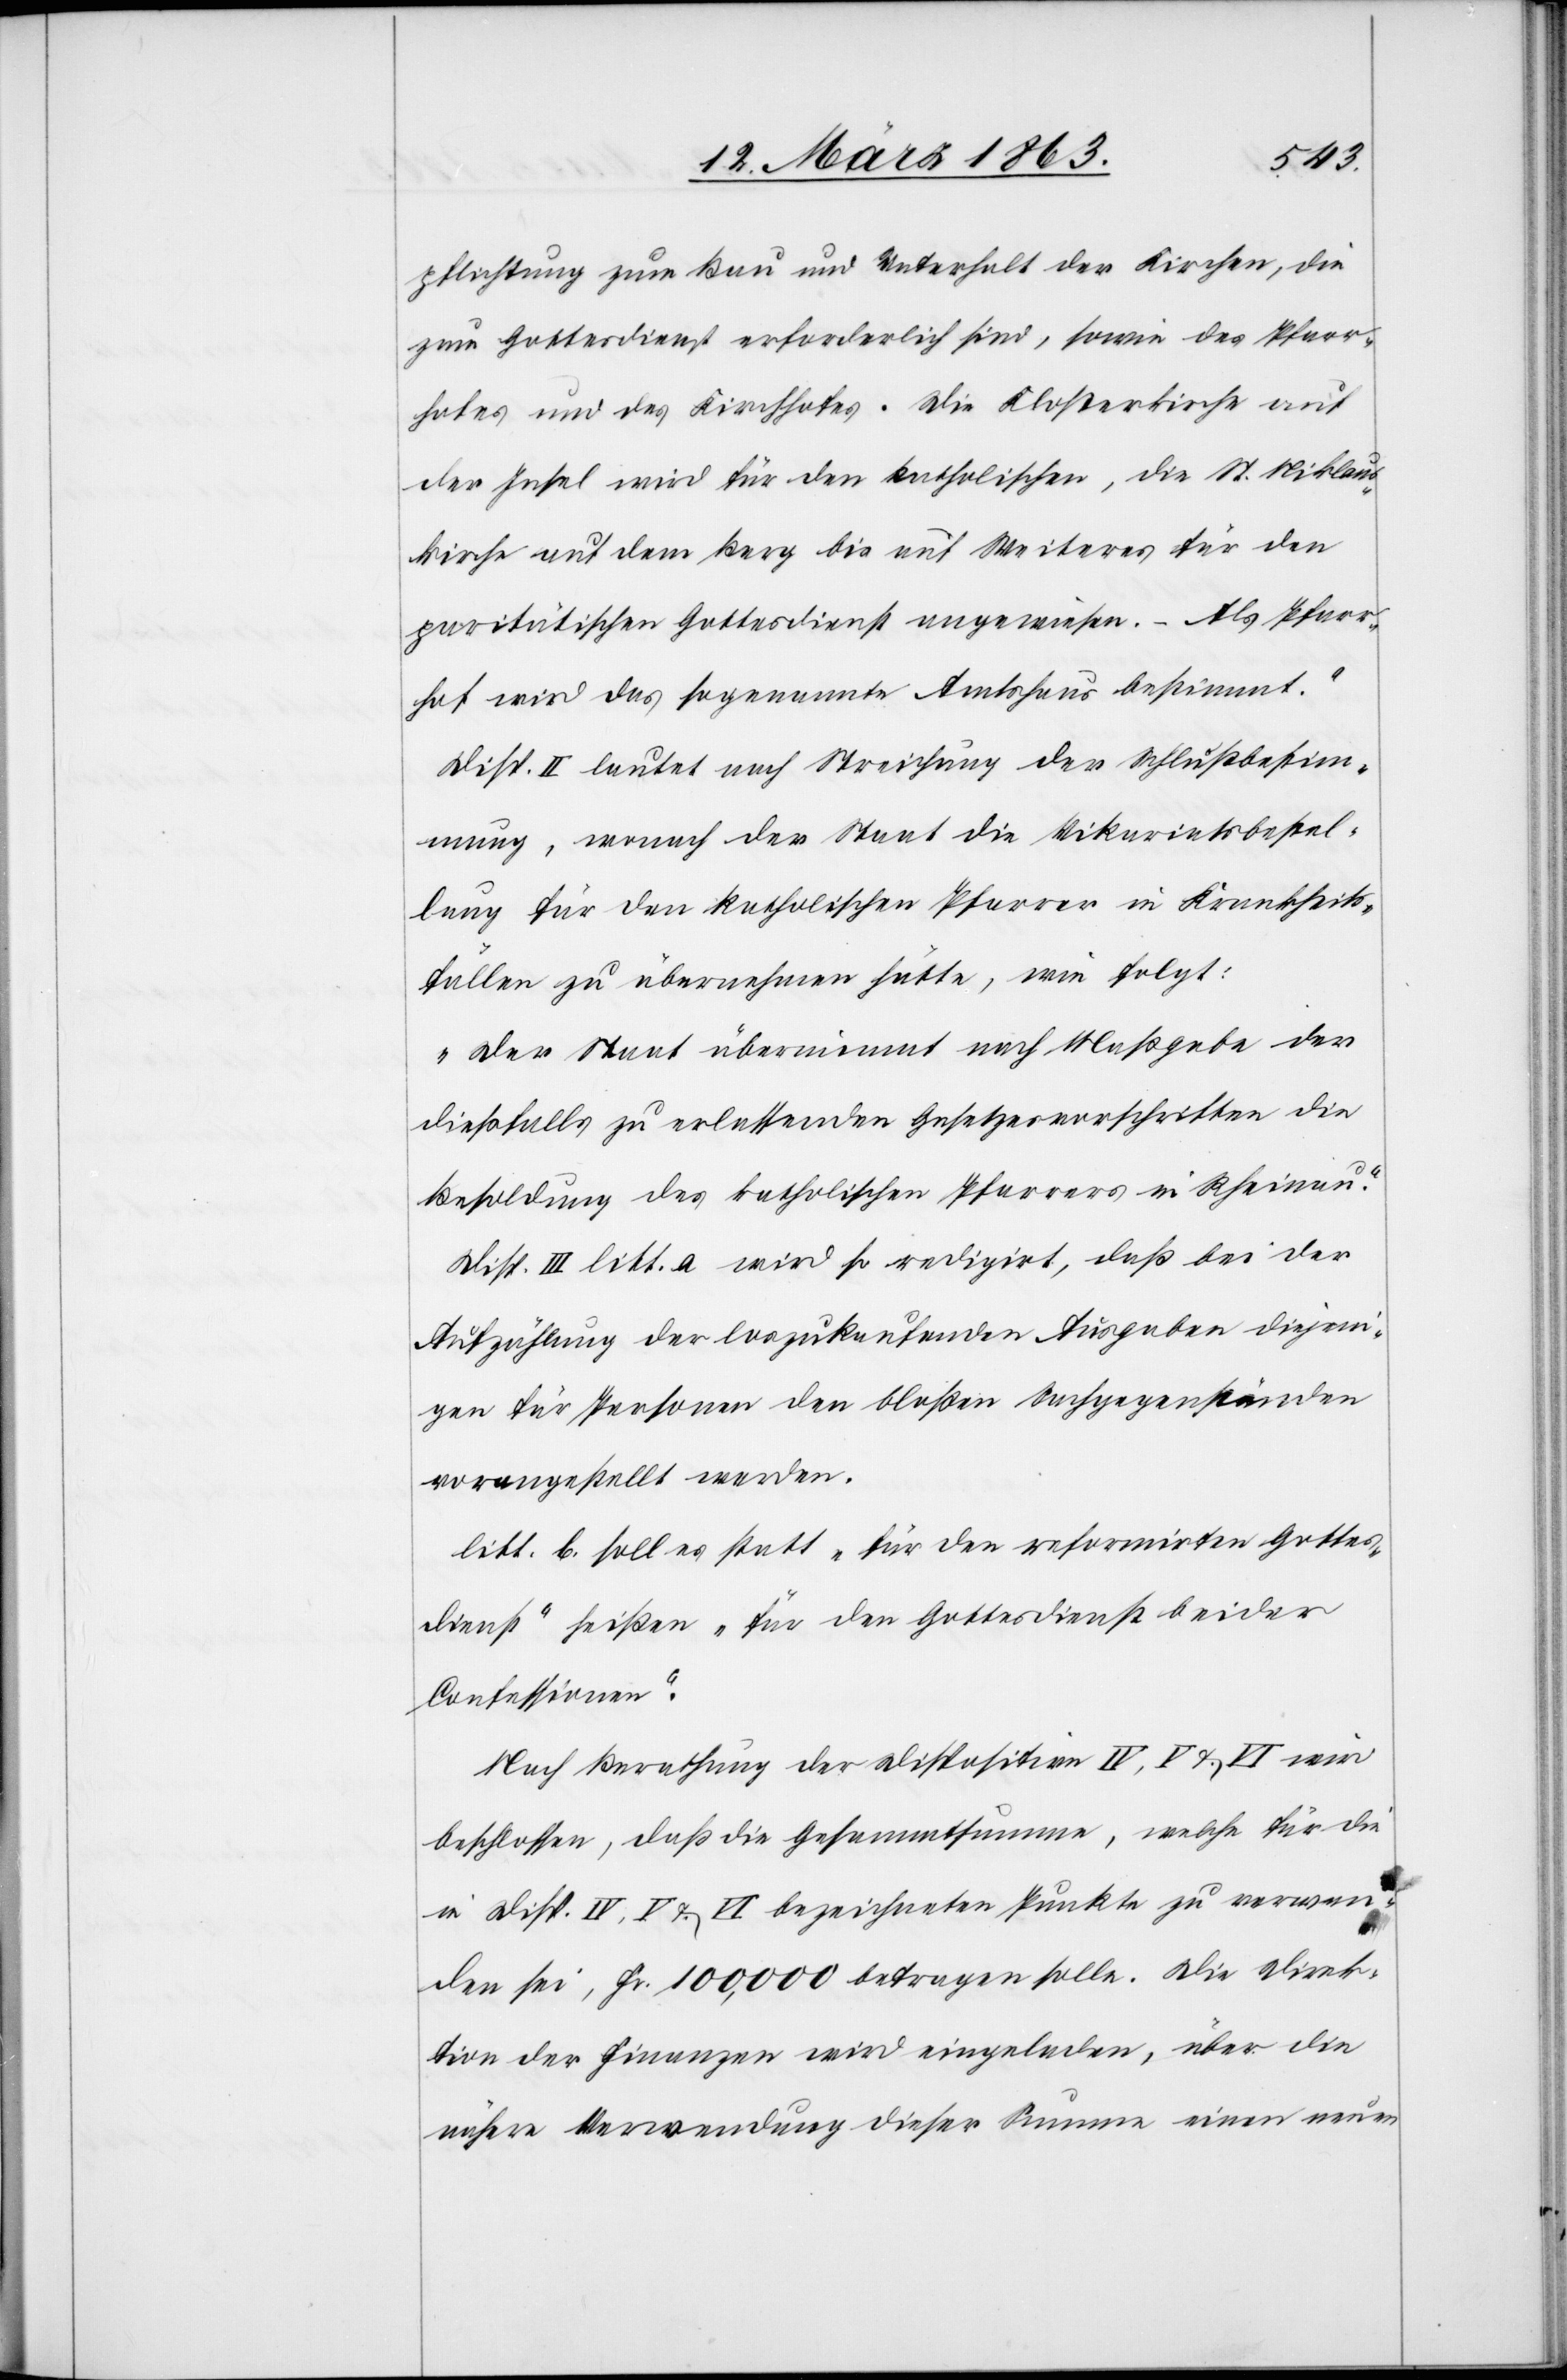
pflichtung zum Bau und Unterhalt der Kirchen, die
zum Gottesdienst erforderlich sind, sowie des Pfarr¬
hofes und des Kirchhofes. Die Klosterkirche auf
der Insel wird für den katholischen, die St. Niklaus¬
kirche auf dem Berg bis auf Weiteres für den
paritätischen Gottesdienst angewiesen. – Als Pfarr¬
hof wird das sogenannte Amtshaus bestimmt.“
Disp. II lautet auf Streichung der Schlußbestim¬
mung, wonach der Staat die Vikariatsbestel¬
lung für den katholischen Pfarrer in Krankheits¬
fällen zu übernehmen hätte, wie folgt:
„Der Staat übernimmt nach Maßgabe der
dießfalls zu erlassenden Gesetzesvorschriften die
Besoldung des katholischen Pfarrers in Rheinau.“
Disp. III litt. a wird so redigirt, daß bei der
Aufzählung der loszukaufenden Ausgaben diejeni¬
gen für Personen den bloßen Sachgegenständen
vorangestellt werden.
litt. b. soll es statt „für den reformirten Gottes¬
dienst“ heißen „für den Gottesdienst beider
Confessionen“.
Nach Berathung der Dispositive IV, V & VI wird
beschlossen, daß die Gesammtsumme, welche für die
in Disp. IV, V & VI bezeichneten Punkte zu verwen¬
den sei, Fr. 100,000 betragen solle. Die Direk¬
tion der Finanzen wird eingeladen, über die
nähere Verwendung dieser Summe einen neuen